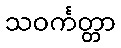
သဝင်္ကတ္တာ